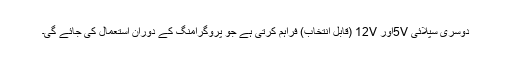
دوسری سپلائی 5Vاور 12V (قابل انتخاب) فراہم کرتی ہے جو پروگرامنگ کے دوران استعمال کی جائے گی۔